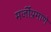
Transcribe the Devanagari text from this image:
मर्जीप्रमाणे